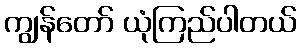
ကျွန်တော် ယုံကြည်ပါတယ်